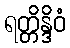
ရတ္တိန္ဒိဝံ